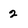
Character: 2